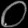
Digit: ၀